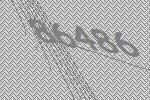
86486